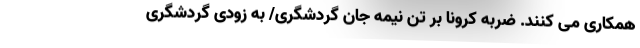
همکاری می کنند. ضربه کرونا بر تن نیمه جان گردشگری/ به زودی گردشگری